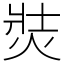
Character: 焋